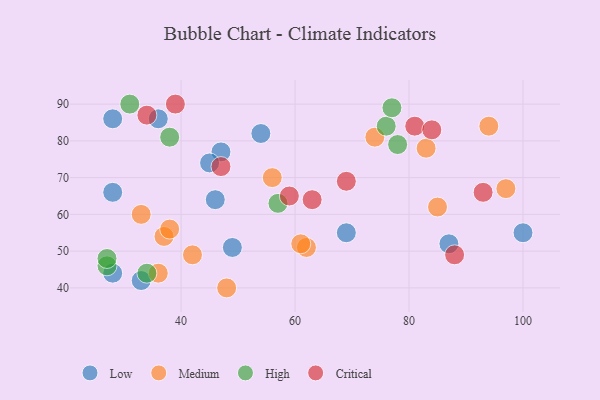
{"axis": {"x": "GDP", "y": "Life Expectancy"}, "legend": ["Critical", "High", "Low", "Medium"], "data": [{"x": "54", "y": 82, "type": "Low"}, {"x": "36", "y": 86, "type": "Low"}, {"x": "28", "y": 44, "type": "Low"}, {"x": "47", "y": 77, "type": "Low"}, {"x": "46", "y": 64, "type": "Low"}, {"x": "100", "y": 55, "type": "Low"}, {"x": "45", "y": 74, "type": "Low"}, {"x": "49", "y": 51, "type": "Low"}, {"x": "69", "y": 55, "type": "Low"}, {"x": "28", "y": 66, "type": "Low"}, {"x": "33", "y": 42, "type": "Low"}, {"x": "87", "y": 52, "type": "Low"}, {"x": "28", "y": 86, "type": "Low"}, {"x": "94", "y": 84, "type": "Medium"}, {"x": "36", "y": 44, "type": "Medium"}, {"x": "33", "y": 60, "type": "Medium"}, {"x": "85", "y": 62, "type": "Medium"}, {"x": "56", "y": 70, "type": "Medium"}, {"x": "48", "y": 40, "type": "Medium"}, {"x": "42", "y": 49, "type": "Medium"}, {"x": "37", "y": 54, "type": "Medium"}, {"x": "74", "y": 81, "type": "Medium"}, {"x": "62", "y": 51, "type": "Medium"}, {"x": "83", "y": 78, "type": "Medium"}, {"x": "97", "y": 67, "type": "Medium"}, {"x": "61", "y": 52, "type": "Medium"}, {"x": "38", "y": 56, "type": "Medium"}, {"x": "34", "y": 44, "type": "High"}, {"x": "27", "y": 46, "type": "High"}, {"x": "31", "y": 90, "type": "High"}, {"x": "76", "y": 84, "type": "High"}, {"x": "27", "y": 48, "type": "High"}, {"x": "57", "y": 63, "type": "High"}, {"x": "38", "y": 81, "type": "High"}, {"x": "78", "y": 79, "type": "High"}, {"x": "77", "y": 89, "type": "High"}, {"x": "88", "y": 49, "type": "Critical"}, {"x": "34", "y": 87, "type": "Critical"}, {"x": "69", "y": 69, "type": "Critical"}, {"x": "63", "y": 64, "type": "Critical"}, {"x": "47", "y": 73, "type": "Critical"}, {"x": "81", "y": 84, "type": "Critical"}, {"x": "93", "y": 66, "type": "Critical"}, {"x": "39", "y": 90, "type": "Critical"}, {"x": "84", "y": 83, "type": "Critical"}, {"x": "59", "y": 65, "type": "Critical"}]}